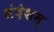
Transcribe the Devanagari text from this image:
संदेशम्